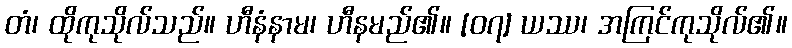
တံ၊ ထိုကုသိုလ်သည်။ ဟီနံနာမ၊ ဟီနမည်၏။ [၀၇] ယဿ၊ အကြင်ကုသိုလ်၏။